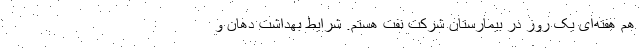
هم هفته‌ای یک روز در بیمارستان شرکت نفت هستم. شرایط بهداشت دهان و